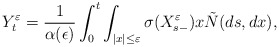
\begin{align*}Y_{t}^{\varepsilon}=\frac{1}{\alpha(\epsilon)}\int_0^t\int_{|x|\leq \varepsilon}\sigma(X_{s-}^{\varepsilon})x\tilde{N}(ds,dx),\end{align*}